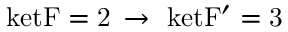
\mathrm { \ k e t { F = 2 } \, \rightarrow \ k e t { F ^ { \prime } = 3 } }